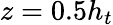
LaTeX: z=0.5h_{t}